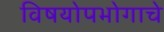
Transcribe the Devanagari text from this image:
विषयोपभोगाचे